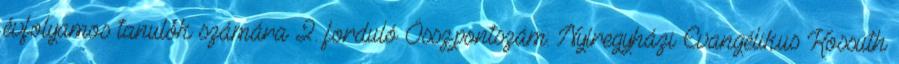
évfolyamos tanulók számára 2. forduló Össz.pontszám: Nyíregyházi Evangélikus Kossuth